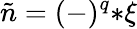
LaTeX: \tilde{n}=(-)^{q}{*\xi}